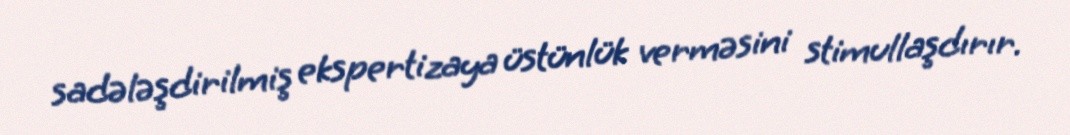
sadələşdirilmiş ekspertizaya üstünlük verməsini stimullaşdırır.